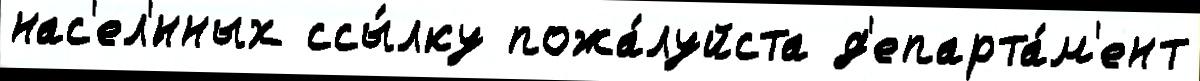
нас'ел'́нных ссы́лку пожа́луйста д'епарта́м'ент